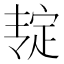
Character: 𰍎